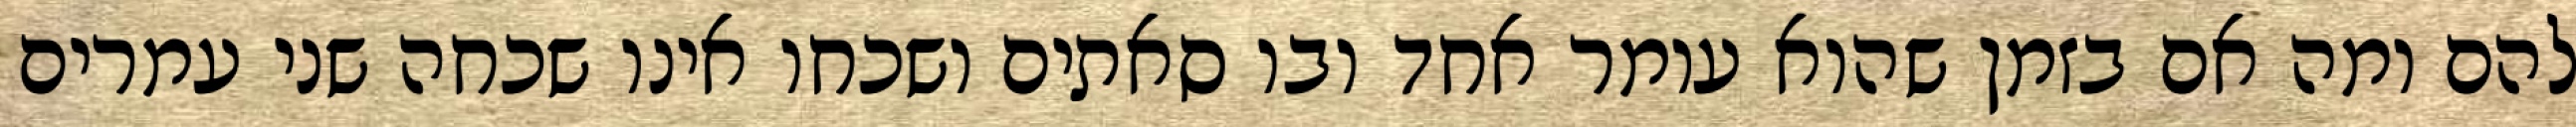
להם ומה אם בזמן שהוא עומר אחד ובו סאתים ושכחו אינו שכחה שני עמרים